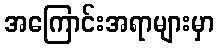
အကြောင်းအရာများမှာ